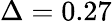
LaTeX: \Delta=0.27